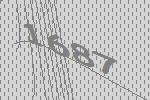
1687